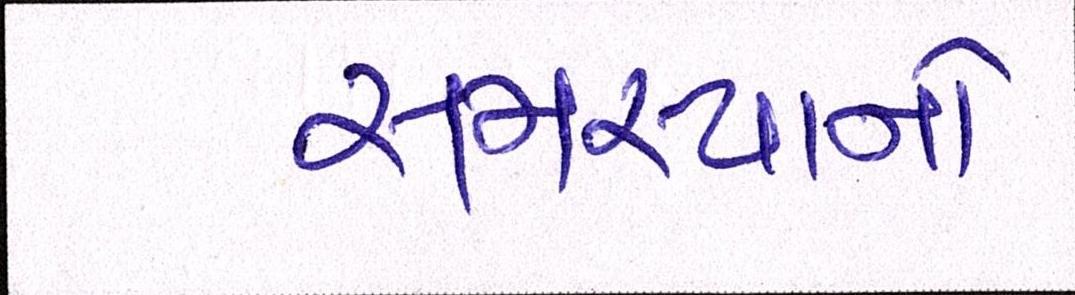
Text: સમસ્યાનો